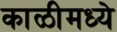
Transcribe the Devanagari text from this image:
काळीमध्ये